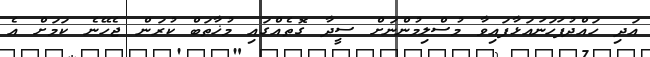
އަދި ހައްދުފަހަނައަޅާފައިވާ މުސްލިމުންނަށް ސީދާ ގޮތެއްގައި މުޚާތަބް ކުރަން ޖެހޭނެ ކަަމަށް އެ